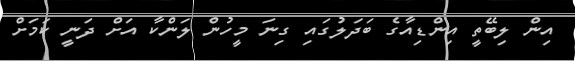
އިން ލިބޭތީ އިންޑިއާގެ ބަދަލުގައި ގިނަ މީހުން ލަންކާ އަށް ދަނީ ކަމަށް